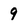
Character: 9